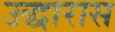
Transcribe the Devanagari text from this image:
उद्धारास